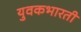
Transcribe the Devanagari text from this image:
युवकभारती